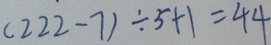
( 2 2 2 - 7 ) \div 5 + 1 = 4 4